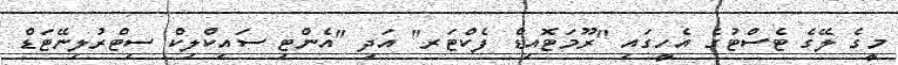
މީގެ ލޭގެ ޓެސްޓުގެ އެހީގައި "ރޫމަޓޮއިޑް ފެކްޓަރ" އަދި "އެންޓި ސައިކްލިކް ސިޓްރުލިނޭޓަޑް